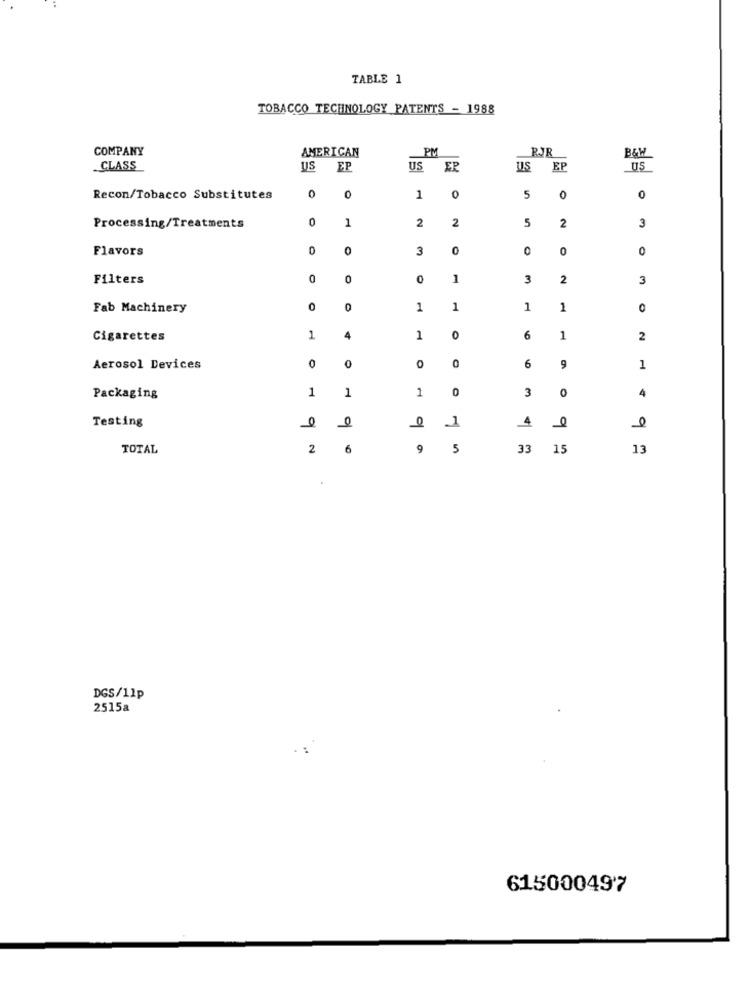
TABLE 1
TOBACCO TECHNOLOGY PATENTS - 1988
COMPANY
AMERICAN
PM
RJR
B&W
CLASS
US
EP
US
ER
Us
EF
US
0
Recon/Tobacco Substitutes
0
1
0
5
0
0
0
1
2
2
5
2
3
Processing/Treatments
Flavors
0
3
0
0
0
0
Filters
0
0
1
3
2
3
Fab Machinery
0
1
1
1
1
0
Cigarettes
1
4
1
0
6
1
2
0
Aerosol Devices
0
0
6
9
1
1
1
0
Packaging
1
3
4
Testing
0
4
1
9
TOTAL
2
6
9
5
33
15
13
9 ª
DGS/11p
2515a
615000497